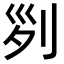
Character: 𠛱